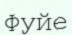
Фуйе